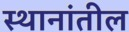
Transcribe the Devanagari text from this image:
स्थानांतील